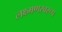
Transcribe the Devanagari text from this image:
लक्ष्मणस्वरूप